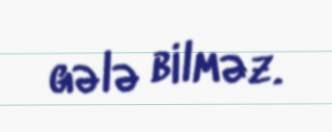
gələ bilməz.